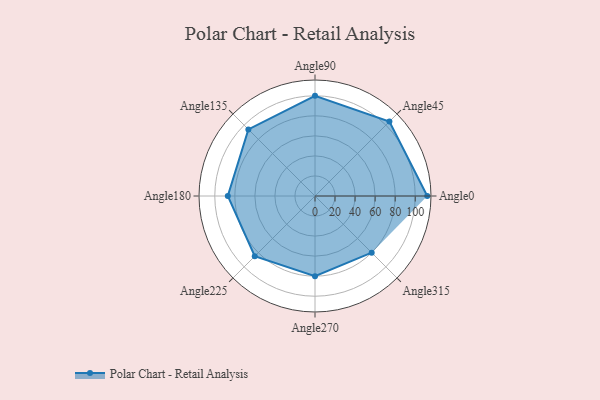
{"axis": {"x": "Angle", "y": "Radius"}, "legend": [""], "data": [{"x": "Angle0", "y": 112.0, "type": ""}, {"x": "Angle45", "y": 105.0, "type": ""}, {"x": "Angle90", "y": 100.0, "type": ""}, {"x": "Angle135", "y": 94.0, "type": ""}, {"x": "Angle180", "y": 87.0, "type": ""}, {"x": "Angle225", "y": 85.0, "type": ""}, {"x": "Angle270", "y": 80.0, "type": ""}, {"x": "Angle315", "y": 80.0, "type": ""}]}